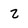
Character: 2